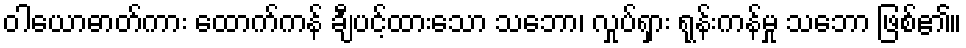
ဝါယောဓာတ်ကား ထောက်ကန် ချီပင့်ထားသော သဘော၊ လှုပ်ရှား ရုန်းကန်မှု သဘော ဖြစ်၏။